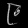
Digit: ၉